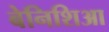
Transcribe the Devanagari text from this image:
बेनिशिआ